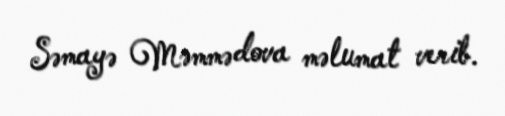
Səmayə Məmmədova məlumat verib.